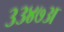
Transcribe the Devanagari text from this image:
३३४७अ